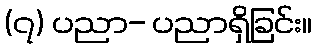
(၇) ပညာ- ပညာရှိခြင်း။